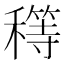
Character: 𥢜